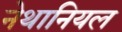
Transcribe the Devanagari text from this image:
नेथानियल